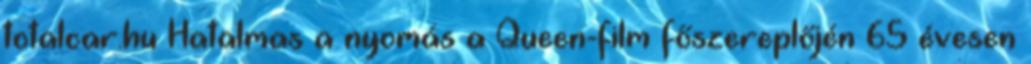
totalcar.hu Hatalmas a nyomás a Queen-film főszereplőjén 65 évesen